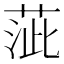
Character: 𦴢